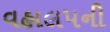
વહાલપની